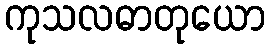
ကုသလဓာတုယော